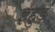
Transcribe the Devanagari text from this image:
इहुड